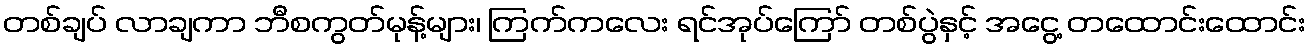
တစ်ချပ် လာချကာ ဘီစကွတ်မုန့်များ၊ ကြက်ကလေး ရင်အုပ်ကြော် တစ်ပွဲနှင့် အငွေ့ တထောင်းထောင်း